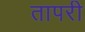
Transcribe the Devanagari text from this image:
तापरी